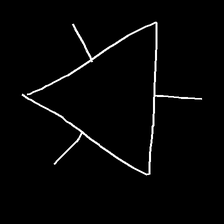
Glyph: fire